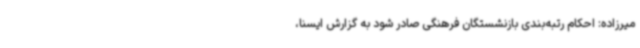
میرزاده: احکام رتبه‌بندی بازنشستگان فرهنگی صادر شود به گزارش ایسنا،